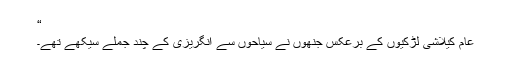
“
عام کیلاشی لڑکیوں کے برعکس جنھوں نے سیاحوں سے انگریزی کے چند جملے سیکھے تھے۔